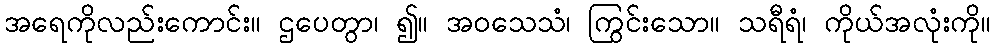
အရေကိုလည်းကောင်း။ ဌပေတွာ၊ ၍။ အဝသေသံ၊ ကြွင်းသော။ သရီရံ၊ ကိုယ်အလုံးကို။